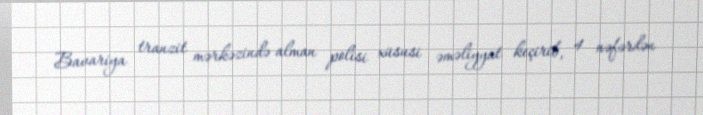
Bavariya tranzit mərkəzində alman polisi xüsusi əməliyyat keçirib, 4 nəfərdən